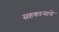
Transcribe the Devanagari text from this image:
सहकाऱ्याचे